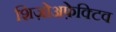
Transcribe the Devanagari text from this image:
शिज़ोअफ़ेक्टिव